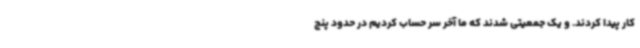
کار پیدا کردند. و یک جمعیتی شدند که ما آخر سر حساب کردیم در حدود پنج